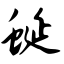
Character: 蜒